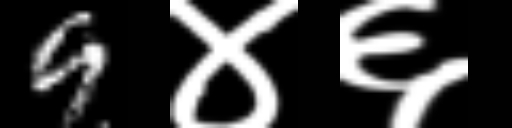
Text: 9४६